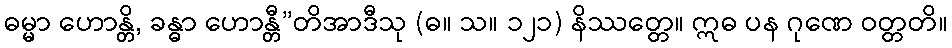
ဓမ္မာ ဟောန္တိ, ခန္ဓာ ဟောန္တီ”တိအာဒီသု (ဓ။ သ။ ၁၂၁) နိဿတ္တေ။ ဣဓ ပန ဂုဏေ ဝတ္တတိ။